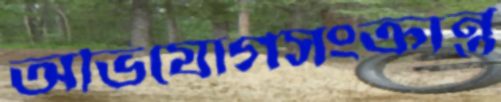
অভিযোগসংক্রান্ত